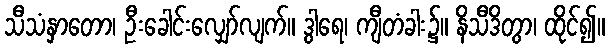
သီသံနှာတော၊ ဦးခေါင်းလျှော်လျက်။ ဒွါရေ၊ ကျီတံခါး၌။ နိသီဒိတွာ၊ ထိုင်၍။